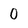
Character: 0